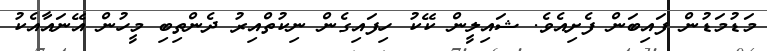
މަޑުމަޑުން ފައިބަން ފެށިއެވެ. ޝައިލީން ކޭކު ހިފައިގެން ނިކުތްއިރު ދެންތިބި މީހުން އޭނައާއެކު